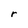
Character: r